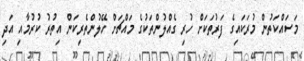
މަސައްކަތުން މުރަކައިގެ ފަރުތަކަށް ހުރި ގެއްލުންތަކުގެ މައްޗަށް ހޭލުންތެރިކަން އިތުރު ކުރުމާއި އަދި